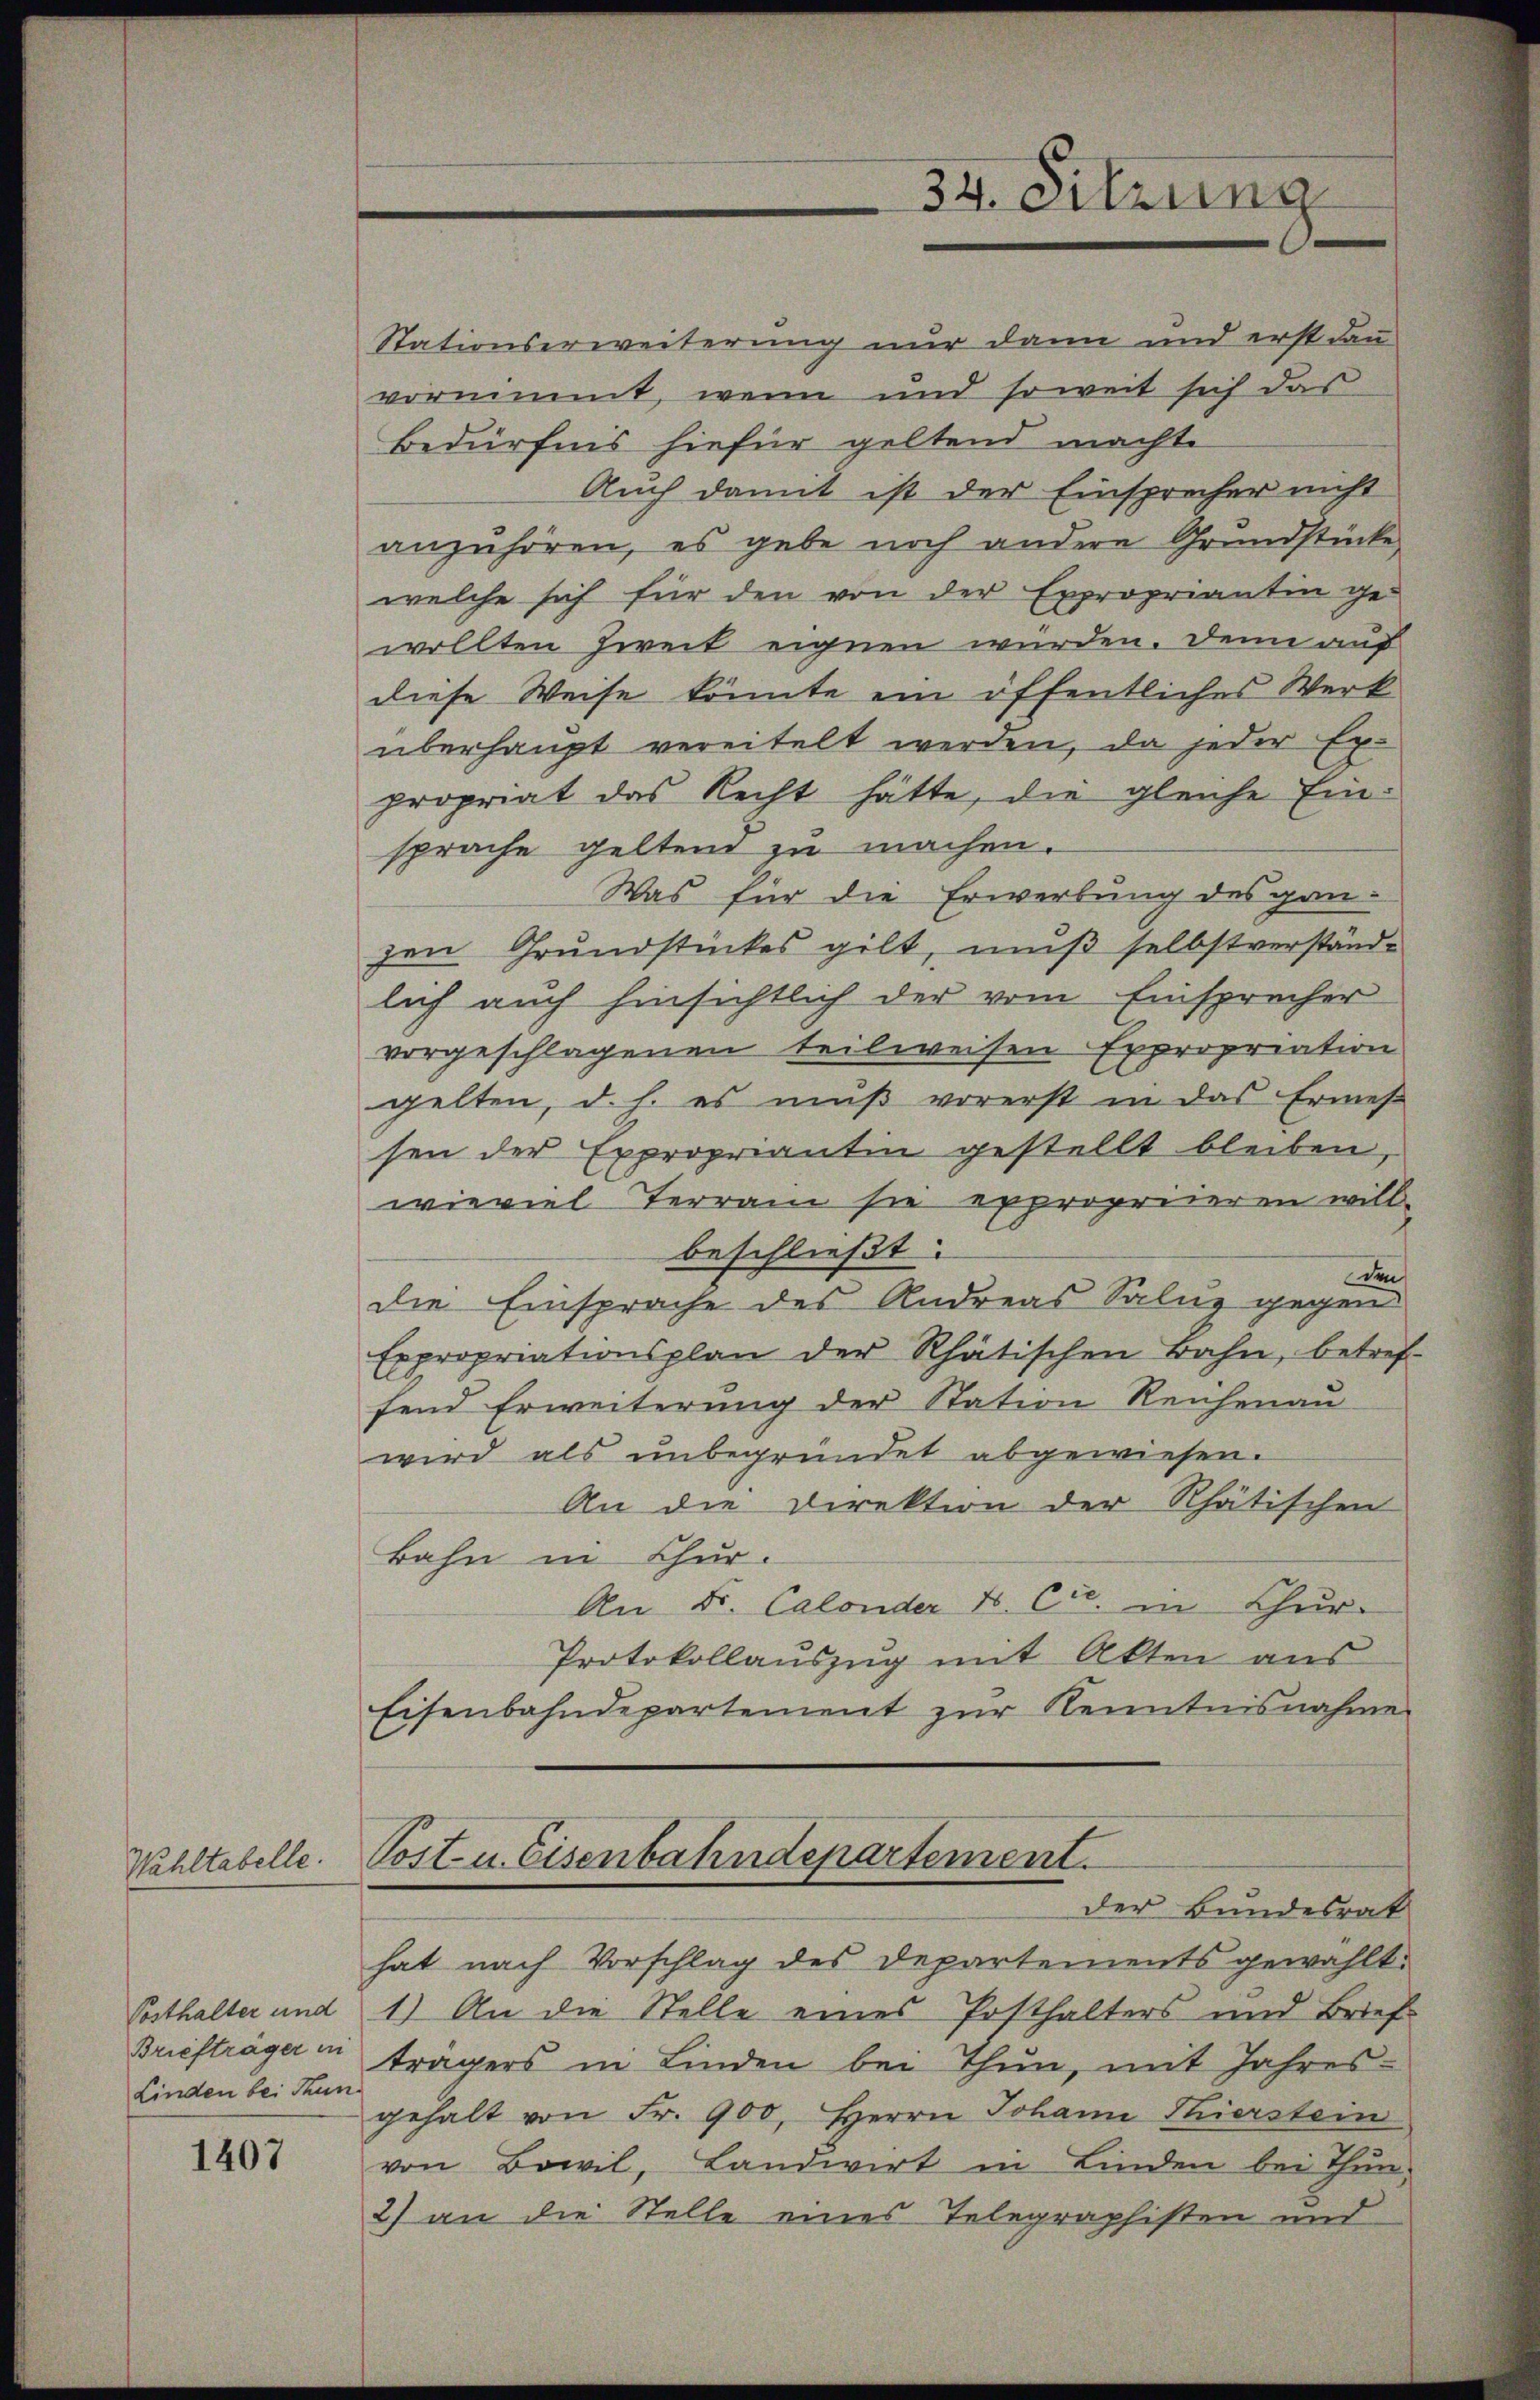
Wahltabelle.

1407

Posthalter und
Linden bei Thun.

34. Sitzung

Stationserweiterung nur dann und erst dann
vornimmt, wenn und soweit sich das
Bedürfnis hiefür geltend machte
Auch damit ist der Einsprecher nicht
anzuhören, es gebe noch andere Grundstücke
welche sich für den von der Expropriantin gewollten zweit eignen würden. Denn auf
diese Weise könnte ein öffentliches Werk
überhaupt vereitelt werden, da jeder Ex-
propriat das Recht hätte, die gleiche Einsprache geltend zu machen.
Was für die Erwerbung des ganzen Grundstückes gilt, muß selbstverständlich auch hinsichtlich der vom Einsprecher
vorgeschlagenen teilweisen Expropriation
gelten, d. h. es mŭβ vorerst in das Ermes
sen der Expropriantin gestellt bleiben,
wieviel Terrain sie expropriieren will.
beschließt:
den
die Einsprache des Andreas Saluz gegen
Expropriationsplan der Rhätischen Bahn, betref
fend Erweiterung der Station Reichenau
wird als unbegründet abgewiesen.
An die Direktion der Rhätischen
Bahn in Chur.
An Fr. Calonder B. Ccc. in Chur-
Protokollauszug mit Akten aus
Eisenbahndepartement zŭr Kenntnisnahme
Post- u. Eisenbahndepartement.
der Bundesrat
hat nach Vorschlag des Departements gewählt.
1.) An die Stelle eines Posthalters und Brief
Briefträger in trägers in Linden bei Thun, mit Jahres-
gehalt von Fr. 900. Herrn Johann Thierstein
von Bowil, Landwirt in Linden bei Thun-
2) an die Stelle eines Telegraphisten und